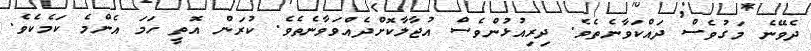
ދެވޭނެ މަގުވެސް ދައްކަވާނެތެވެ. ދިރިއުޅުންވެސް އުޖާލާކޮށްދެއްވަވާނެތެވެ. ކުރަން އޮތީ ހަމަ އެންމެ ކަމެކެވެ.